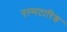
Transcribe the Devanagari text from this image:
एल्मटारिड